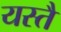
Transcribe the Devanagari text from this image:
यस्तै